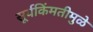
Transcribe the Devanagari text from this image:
सूर्यकिंमतीमुळे